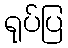
ရုပ်ပြ